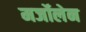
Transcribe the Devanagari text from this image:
मर्जोलेन